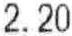
2.20